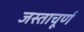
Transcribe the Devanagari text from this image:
जस्ताचूर्ण